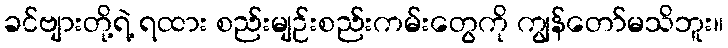
ခင်ဗျားတို့ရဲ့ ရထား စည်းမျဉ်းစည်းကမ်းတွေကို ကျွန်တော်မသိဘူး။